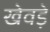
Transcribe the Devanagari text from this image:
खेवड़े